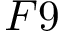
F 9